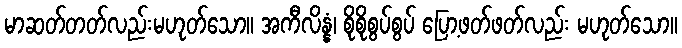
မာဆတ်တတ်လည်းမဟုတ်သော။ အကီလိန္နံ၊ စိုစိုစွပ်စွပ် ပြော့ဖတ်ဖတ်လည်း မဟုတ်သော။